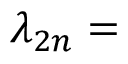
\lambda _ { 2 n } =